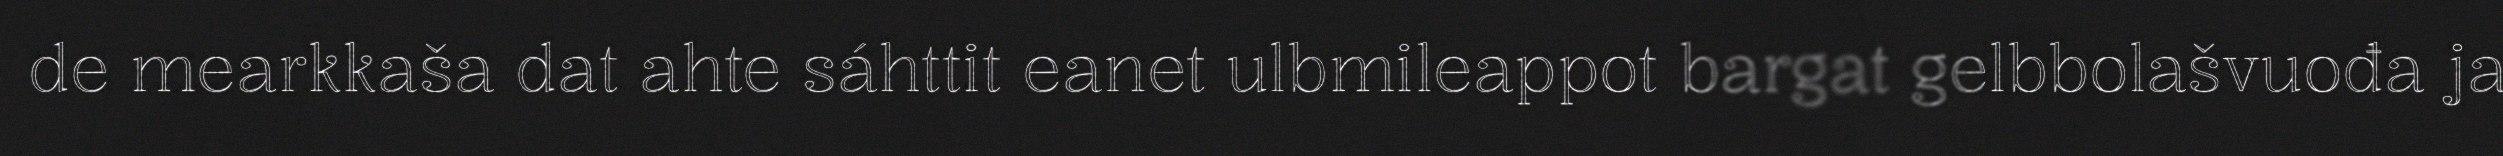
de mearkkaša dat ahte sáhttit eanet ulbmileappot bargat gelbbolašvuođa ja